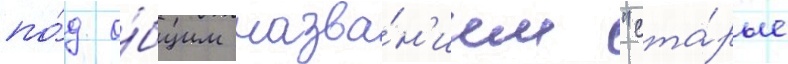
по́д о́бщим назва́н'ием "ста́рые